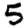
Digit: 5